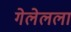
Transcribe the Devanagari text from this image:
गेलेलला